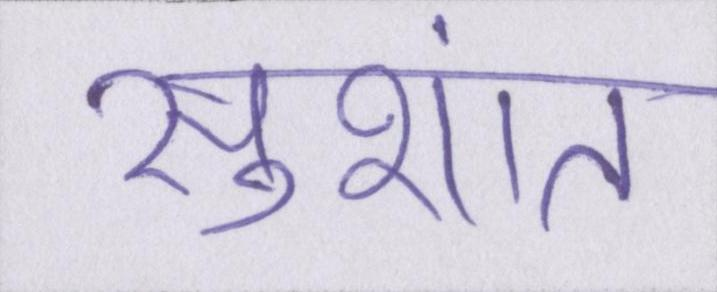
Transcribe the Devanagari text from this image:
सुशांत